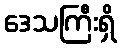
ဒေသကြီးရှိ